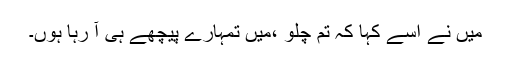
میں نے اسے کہا کہ تم چلو ،میں تمہارے پیچھے ہی آ رہا ہوں۔